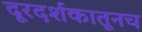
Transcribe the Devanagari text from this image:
दूरदर्शकातूनच